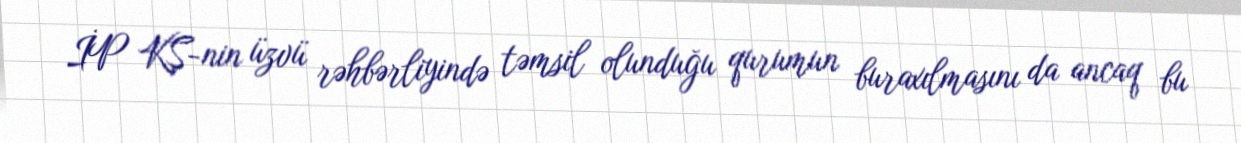
İP KŞ-nin üzvü rəhbərliyində təmsil olunduğu qurumun buraxılmasını da ancaq bu